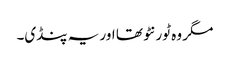
مگر وہ ٹورنٹو تھا اور یہ پنڈی۔